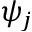
\psi _ { j }